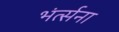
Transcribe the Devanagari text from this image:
भंर्त्सना